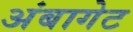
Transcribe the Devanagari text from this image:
अंबागेट